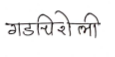
मजकूर: गडचिरोली